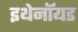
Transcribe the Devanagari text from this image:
इथेनॉयड